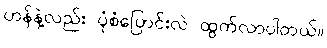
ဟန်နဲ့လည်း ပုံစံပြောင်းလဲ ထွက်လာပါတယ်။